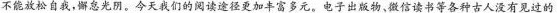
不能放松自我，懈怠光阴。今天我们的阅读途径更加丰富多元。电子出版物，微信读书等各种古人没有见过的